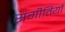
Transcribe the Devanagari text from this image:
संगीतियाँ